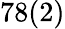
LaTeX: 78(2)